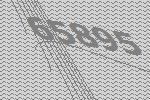
65895